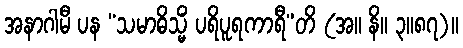
အနာဂါမီ ပန “သမာဓိသ္မိံ ပရိပူရကာရီ”တိ (အ။ နိ။ ၃။၈၇)။